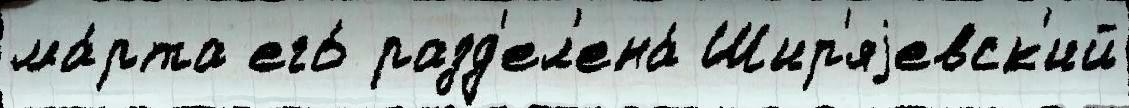
ма́рта его́ разд'ел'ена́ Шир'яjевск'ий